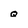
Character: q